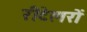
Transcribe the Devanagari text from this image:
रीटेलरों